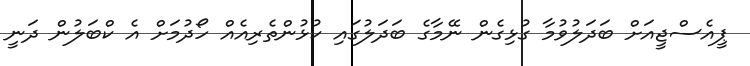
ޕީއެސްޖީއަށް ބަދަލުވުމާ ގުޅިގެން ނޭމާގެ ބަދަލުގައި ކުޅުންތެރިއެއް ހޯދުމަށް އެ ކްބަލުން ދަނީ